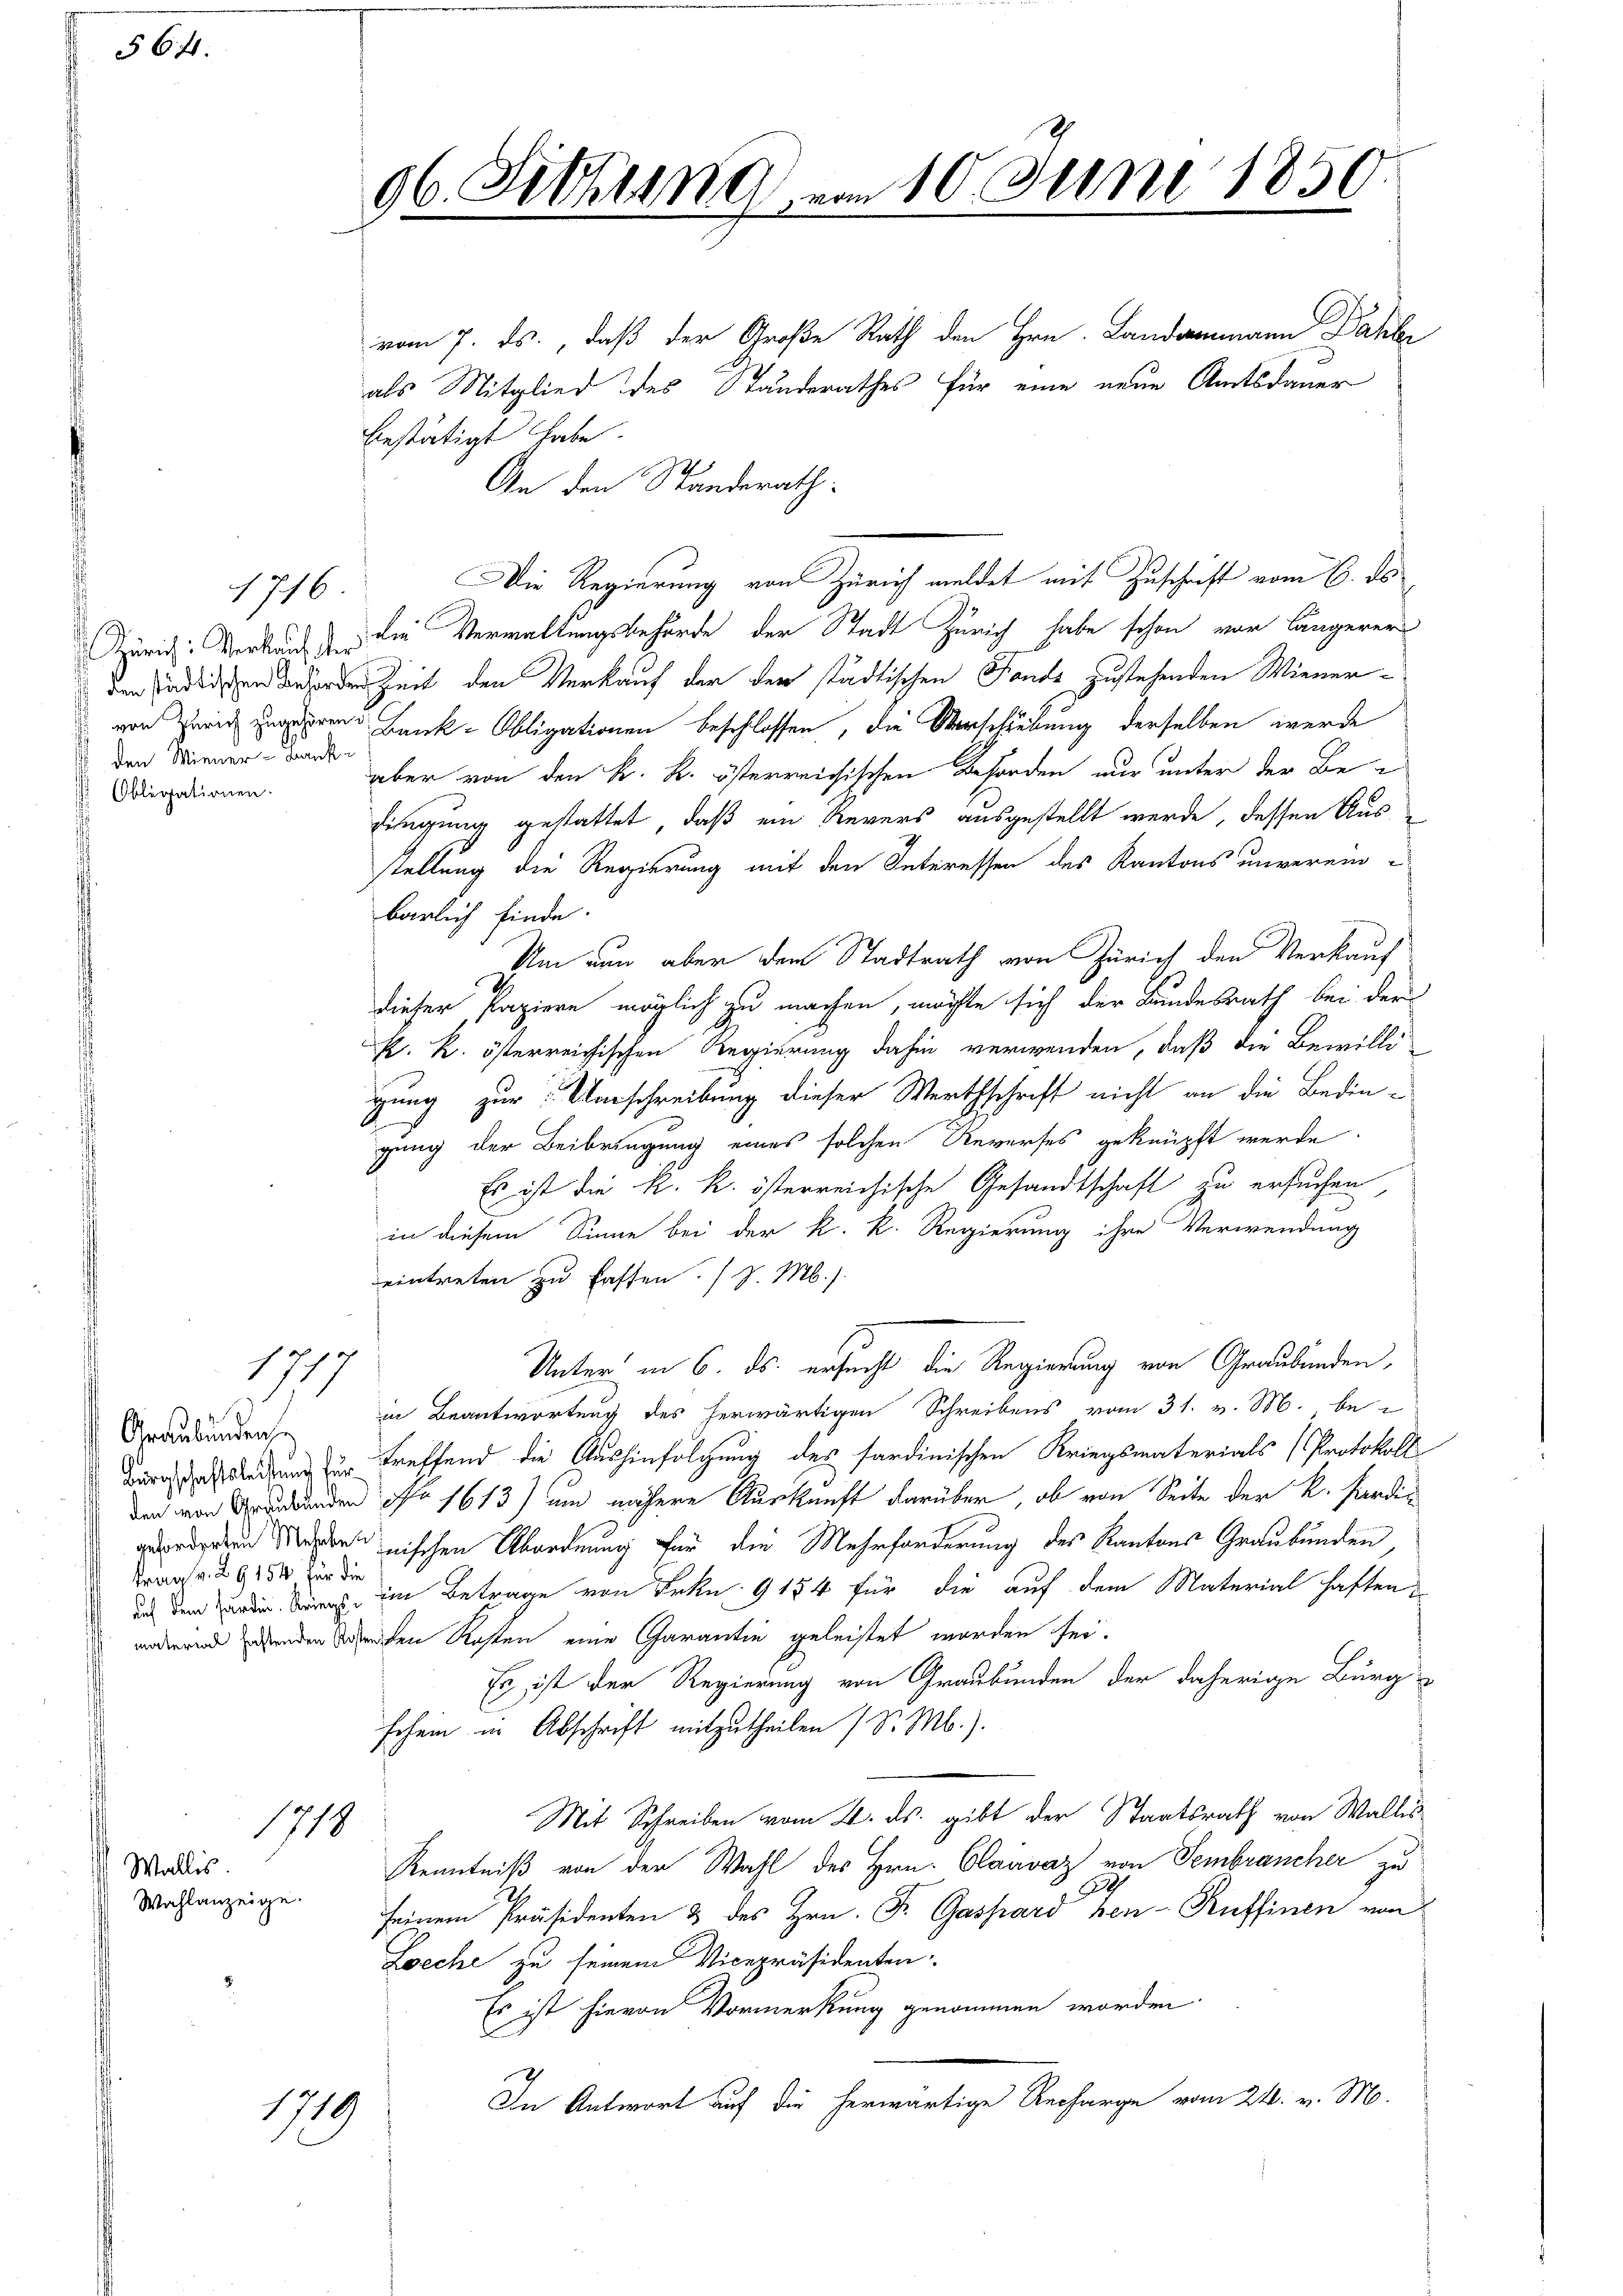
§ 64.

1716

den Wiener-Bank-
 Obligationen.

177

Graubündenhe
Frau v. 29154, für die

1710
Wallis
Wahlanzeige.

1719

vom 7. ds., daß der Große Rath den Hrn. Landammann Dachber
als Mitglied des Standerathes für eine neue Amtsdauer
bestätigt habe.
An den Standerath:
Die Regierung von Zürich meldet mit Zuschrift vom 6. ds.
Zürich: Verkauf den die Verwaltungsbehörde der Stadt Zürich habe schon vor längerer
 den den der Zeit den Verkauf der der städtischen Fonds zustehenden Wienervon Herrn Bank- Obligationen beschlossen, die Verschiebung derselben werde
aber von den K. R. österreichischen Beforden nur unter der Be-
dingung gestattet, daß ein Revers ausgestellt werde, dessen Aus
stellung die Regierung mit den Interessen des Kantons unverein-
bärlich finde.
Um nun aber der Stadtrath von Zürich den Verkauf
dieser Papiere möglich zu machen, möchte sich der Bundesrath bei der
k. k. österreichischen Regierung dahin verwenden, daß die Bewilli
gung zur Umschreibung dieser Werthschrift nicht an die Bedingung der Beibringung eines solchen Reverses geknüpft werde.
Es ist die k. k. österreichische Gesandtschaft zu ersuchen,
in diesem Sinne bei der k. k. Regierung ihre Verwendung
eintreten zu fasten. P. M.).
Unter in 6. ds. ersucht die Regierung von Graubünden,
in Beantwortung des herwärtigen Schreibens vom 31. v. M. bei
Bürgscheidung zur treffend die Aushinfolgung des sardinischen Kriegsmaterials Protokoll
den von Grunden No 1613) um nähere Auskunft darüber, ob von Seite der K. Pardigeordneten Mannischen Abordnung für die Mehrforderung des Kantons Graubünden
aus dem die es im Betrage von Frkn. 9184 für die auf dem Material haften
worderend den den werden Kosten eine Garantie geleistet worden sei.
Es ist der Regierung von Graubünden der daherige Bürg
schen in Abschrift mitzutheilen (S. M.).
Mit Schreiben vom 21. ds. gibt der Staatsrath von Wallis
Kenntniß von der Wahl des Hrn. Claavaz von Sembrancher zu
S
seinem Präsidenten & des Hrn. F. Gaspard ben-Ruffinen von
Zeche zu seinem Vicepräsidenten.
Es ist hievon Vormerkung genommen worden
In Antwort auf die herwärtige Recharge vom 24. v. M.

96. Sitzung vom 10. Juni 1850
e